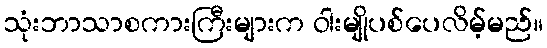
သုံးဘာသာစကားကြီးများက ဝါးမျိုပစ်ပေလိမ့်မည်။